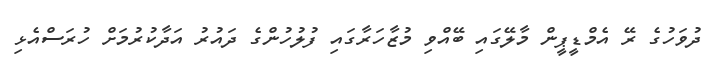
ދުވަހުގެ ރޭ އެމްޑީޕީން މާލޭގައި ބޭއްވި މުޒާހަރާގައި ފުލުހުންގެ ދައުރު އަދާކުރުމަށް ހުރަސްއެޅި